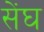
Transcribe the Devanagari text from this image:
सेंघ